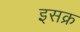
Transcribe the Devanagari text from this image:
इसक्र